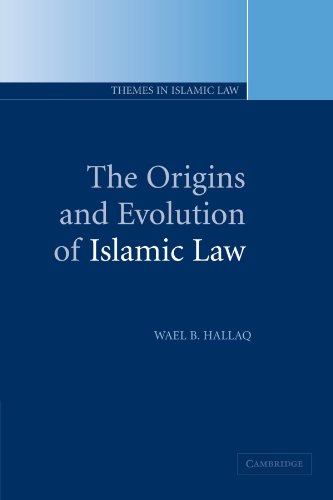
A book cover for The Origins and Evolution of Islamic Law (Themes in Islamic Law); Wael B. Hallaq; Religion & Spirituality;